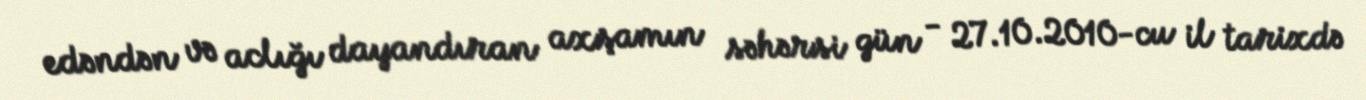
edəndən və aclığı dayandıran axşamın səhərsi gün - 27.10.2010-cu il tarixdə